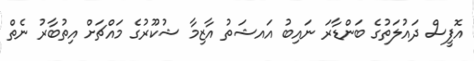
އޮފީސް ދައުލަތުގެ ބަންޑާރަ ނައިބު އައޝަތު އާޒިމާ ޝުކޫރުގެ މައްޗަށް އިތުބާރު ނެތް